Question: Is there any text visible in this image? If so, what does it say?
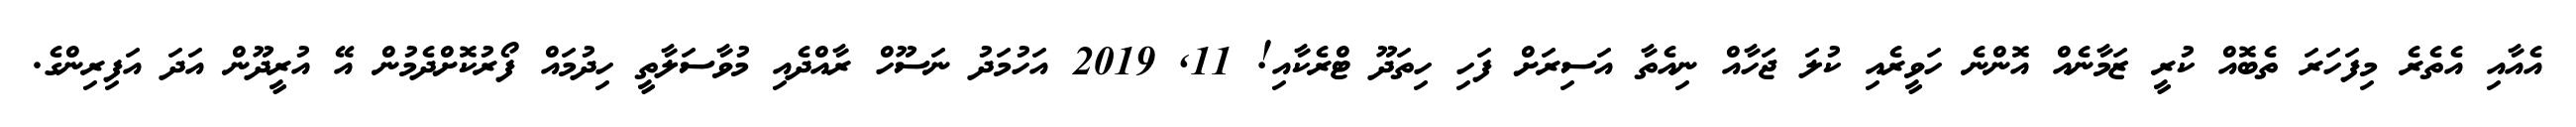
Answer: އެއާއި އެތެރެ މިފަހަރަ ތެބޮއް ކުރީ ޒަމާނެއް އޮންނެ ހަވީރެއި ކުލަ ޖަހާއް ނިއެތާ އަސިރަށް ފަހި ހިތަދޫ ޓްރެކާއި! 11, 2019 އަހުމަދު ނަސޫހް ރާއްދެއި މުވާސަލާތީ ހިދުމައް ފޯރުކޮށްދެމުން އޭ އުރީދޫން އަދަ އަފިރިންގެ.